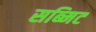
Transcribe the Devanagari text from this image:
सब्मिट